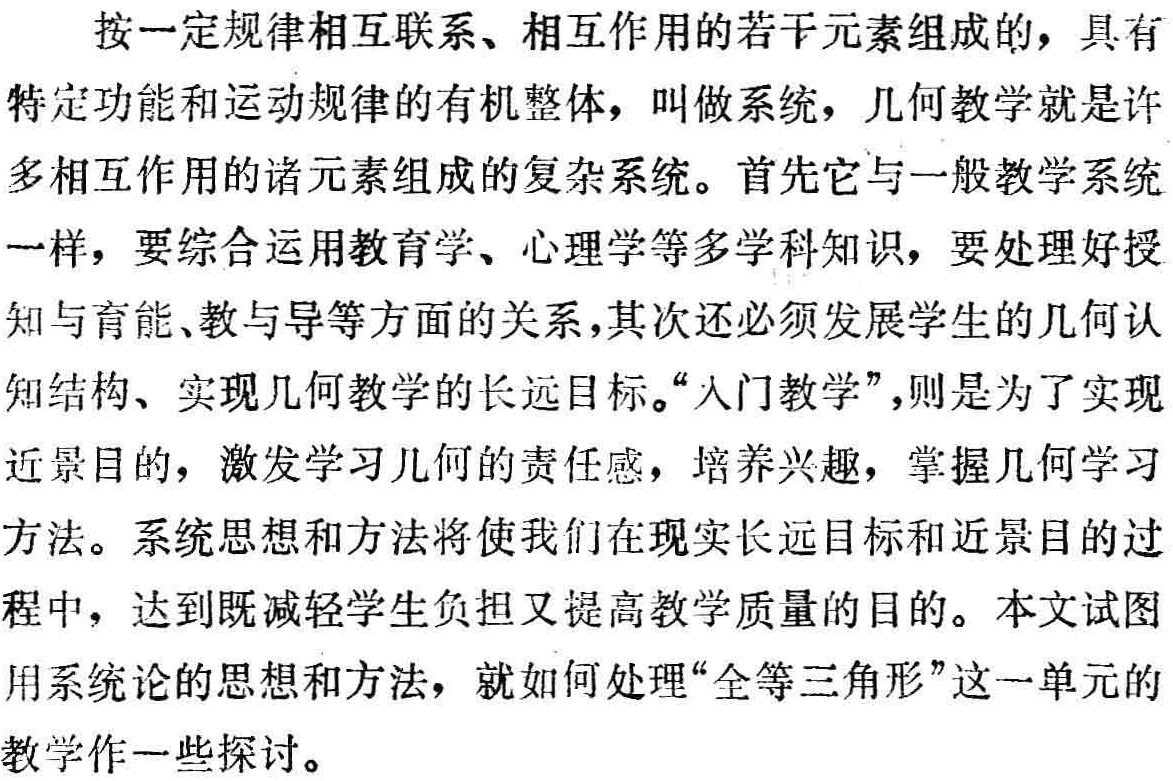
4.3.1 角